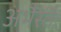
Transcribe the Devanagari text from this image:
अभैस्तैः